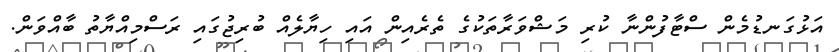
އަޅުގަނޑުމެން ސްޓާފުންނާ ކުރި މަޝްވަރާތަކުގެ ތެރެއިން އައި ހިޔާލެއް ބުރިޖުގައި ރަސްމިއްޔާތު ބާއްވަން.